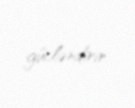
gücləndirir.